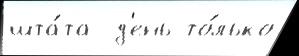
шта́та  д'ень то́лько